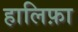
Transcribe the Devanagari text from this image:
हालिफ़ा